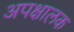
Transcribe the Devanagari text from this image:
अपक्षालक